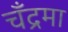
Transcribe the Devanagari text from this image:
चँद्रमा